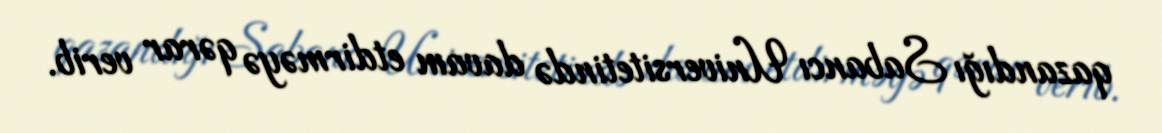
qazandığı Sabancı Universitetində davam etdirməyə qərar verib.